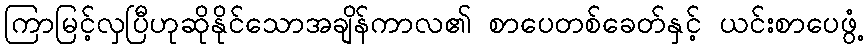
ကြာမြင့်လှပြီဟုဆိုနိုင်သောအချိန်ကာလ၏ စာပေတစ်ခေတ်နှင့် ယင်းစာပေဖွံ့